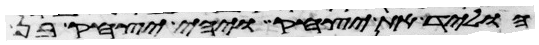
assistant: הוליד את יצחק ויהי יצחק בן